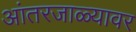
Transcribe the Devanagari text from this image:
आंतरजाळ्यावर